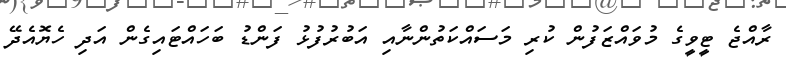
ރާއްޖެ ޓީވީގެ މުވައްޒަފުން ކުރި މަސައްކަތުންނާއި އަބުރުފުޅު ފަންޑު ބަހައްޓައިގެން އަދި ހެޔޮއެދޭ